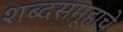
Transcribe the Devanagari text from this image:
शब्दसमूहाचे